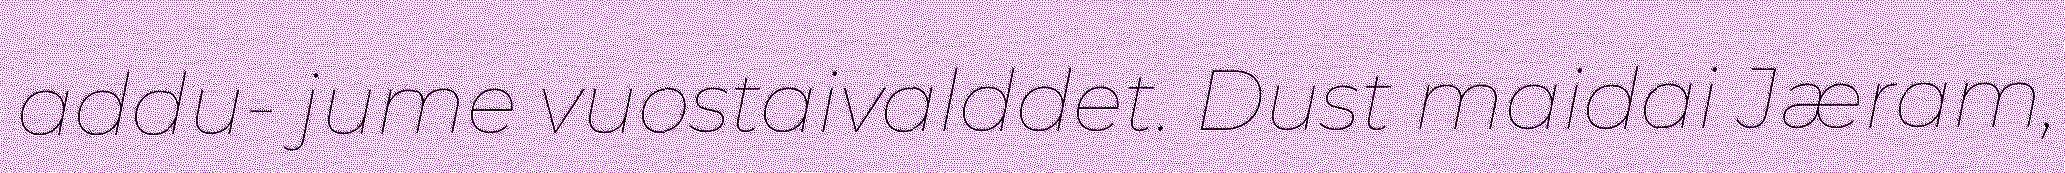
addu- jume vuostaivalddet. Dust maidai Jæram,